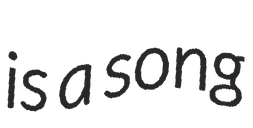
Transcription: is a song